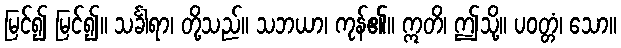
မြင်၍ မြင်၍။ သင်္ခါရာ၊ တို့သည်။ သဘယာ၊ ကုန်၏။ ဣတိ၊ ဤသို့။ ပဝတ္တံ၊ သော။